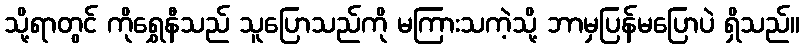
သို့ရာတွင် ကိုရွှေနီသည် သူပြောသည်ကို မကြားသကဲ့သို့ ဘာမှပြန်မပြောပဲ ရှိသည်။